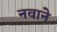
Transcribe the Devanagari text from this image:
नवाने